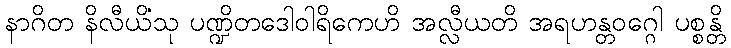
နာဂိတ နိလီယိံသု ပဏ္ဍိတဒေါဝါရိကေဟိ အလ္လီယတိ အရဟန္တဝဂ္ဂေါ ပစ္စန္တိ